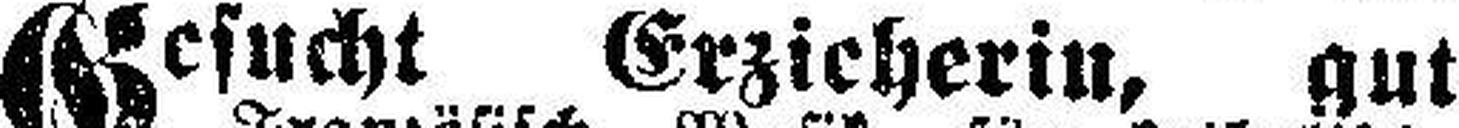
Gesucht Erzieherin, gut